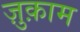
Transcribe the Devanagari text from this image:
ज़ुक़ाम